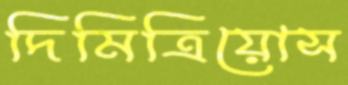
দিমিত্রিয়োস